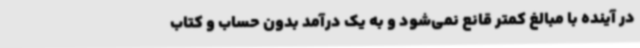
در آینده با مبالغ کمتر قانع نمی‌شود و به یک درآمد بدون حساب و کتاب